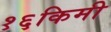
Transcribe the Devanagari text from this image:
१६किमी